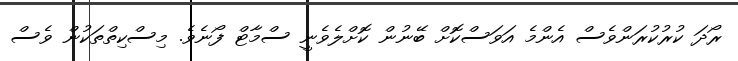
ރޯދަ ކުރުކުރަންވެސް އެންމެ އަވަސްކޮށް ބޭނުން ކޮށްލެވެނީ ސްމާޓް ފޯނެވެ. މިސްކިތްތަކުން ވެސް